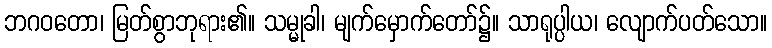
ဘဂဝတော၊ မြတ်စွာဘုရား၏။ သမ္မုခါ၊ မျက်မှောက်တော်၌။ သာရုပ္ပါယ၊ လျောက်ပတ်သော။